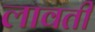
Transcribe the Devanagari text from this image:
लावती